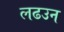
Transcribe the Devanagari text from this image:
लढउन